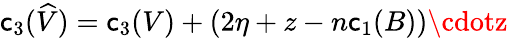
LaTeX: \mathsf{c}_{3}(\widehat{{V}})=\mathsf{c}_{3}(V)+(2\eta+z-n\mathsf{c}_{1}(B))\cdotz